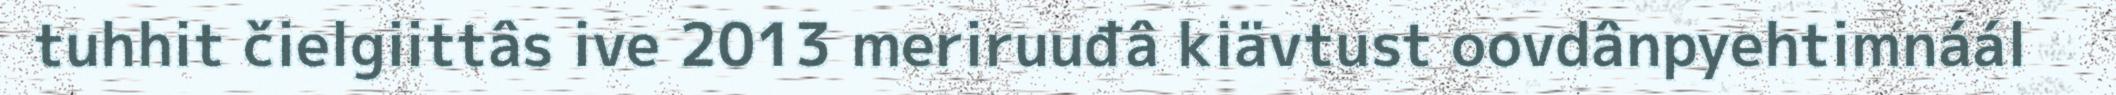
tuhhit čielgiittâs ive 2013 meriruuđâ kiävtust oovdânpyehtimnáál